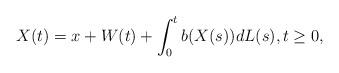
LaTeX: \begin{align*}X(t)=x+W(t)+\int_0^tb(X(s))dL(s),t\ge0,\end{align*}